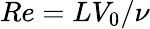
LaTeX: Re=LV_{0}/\nu